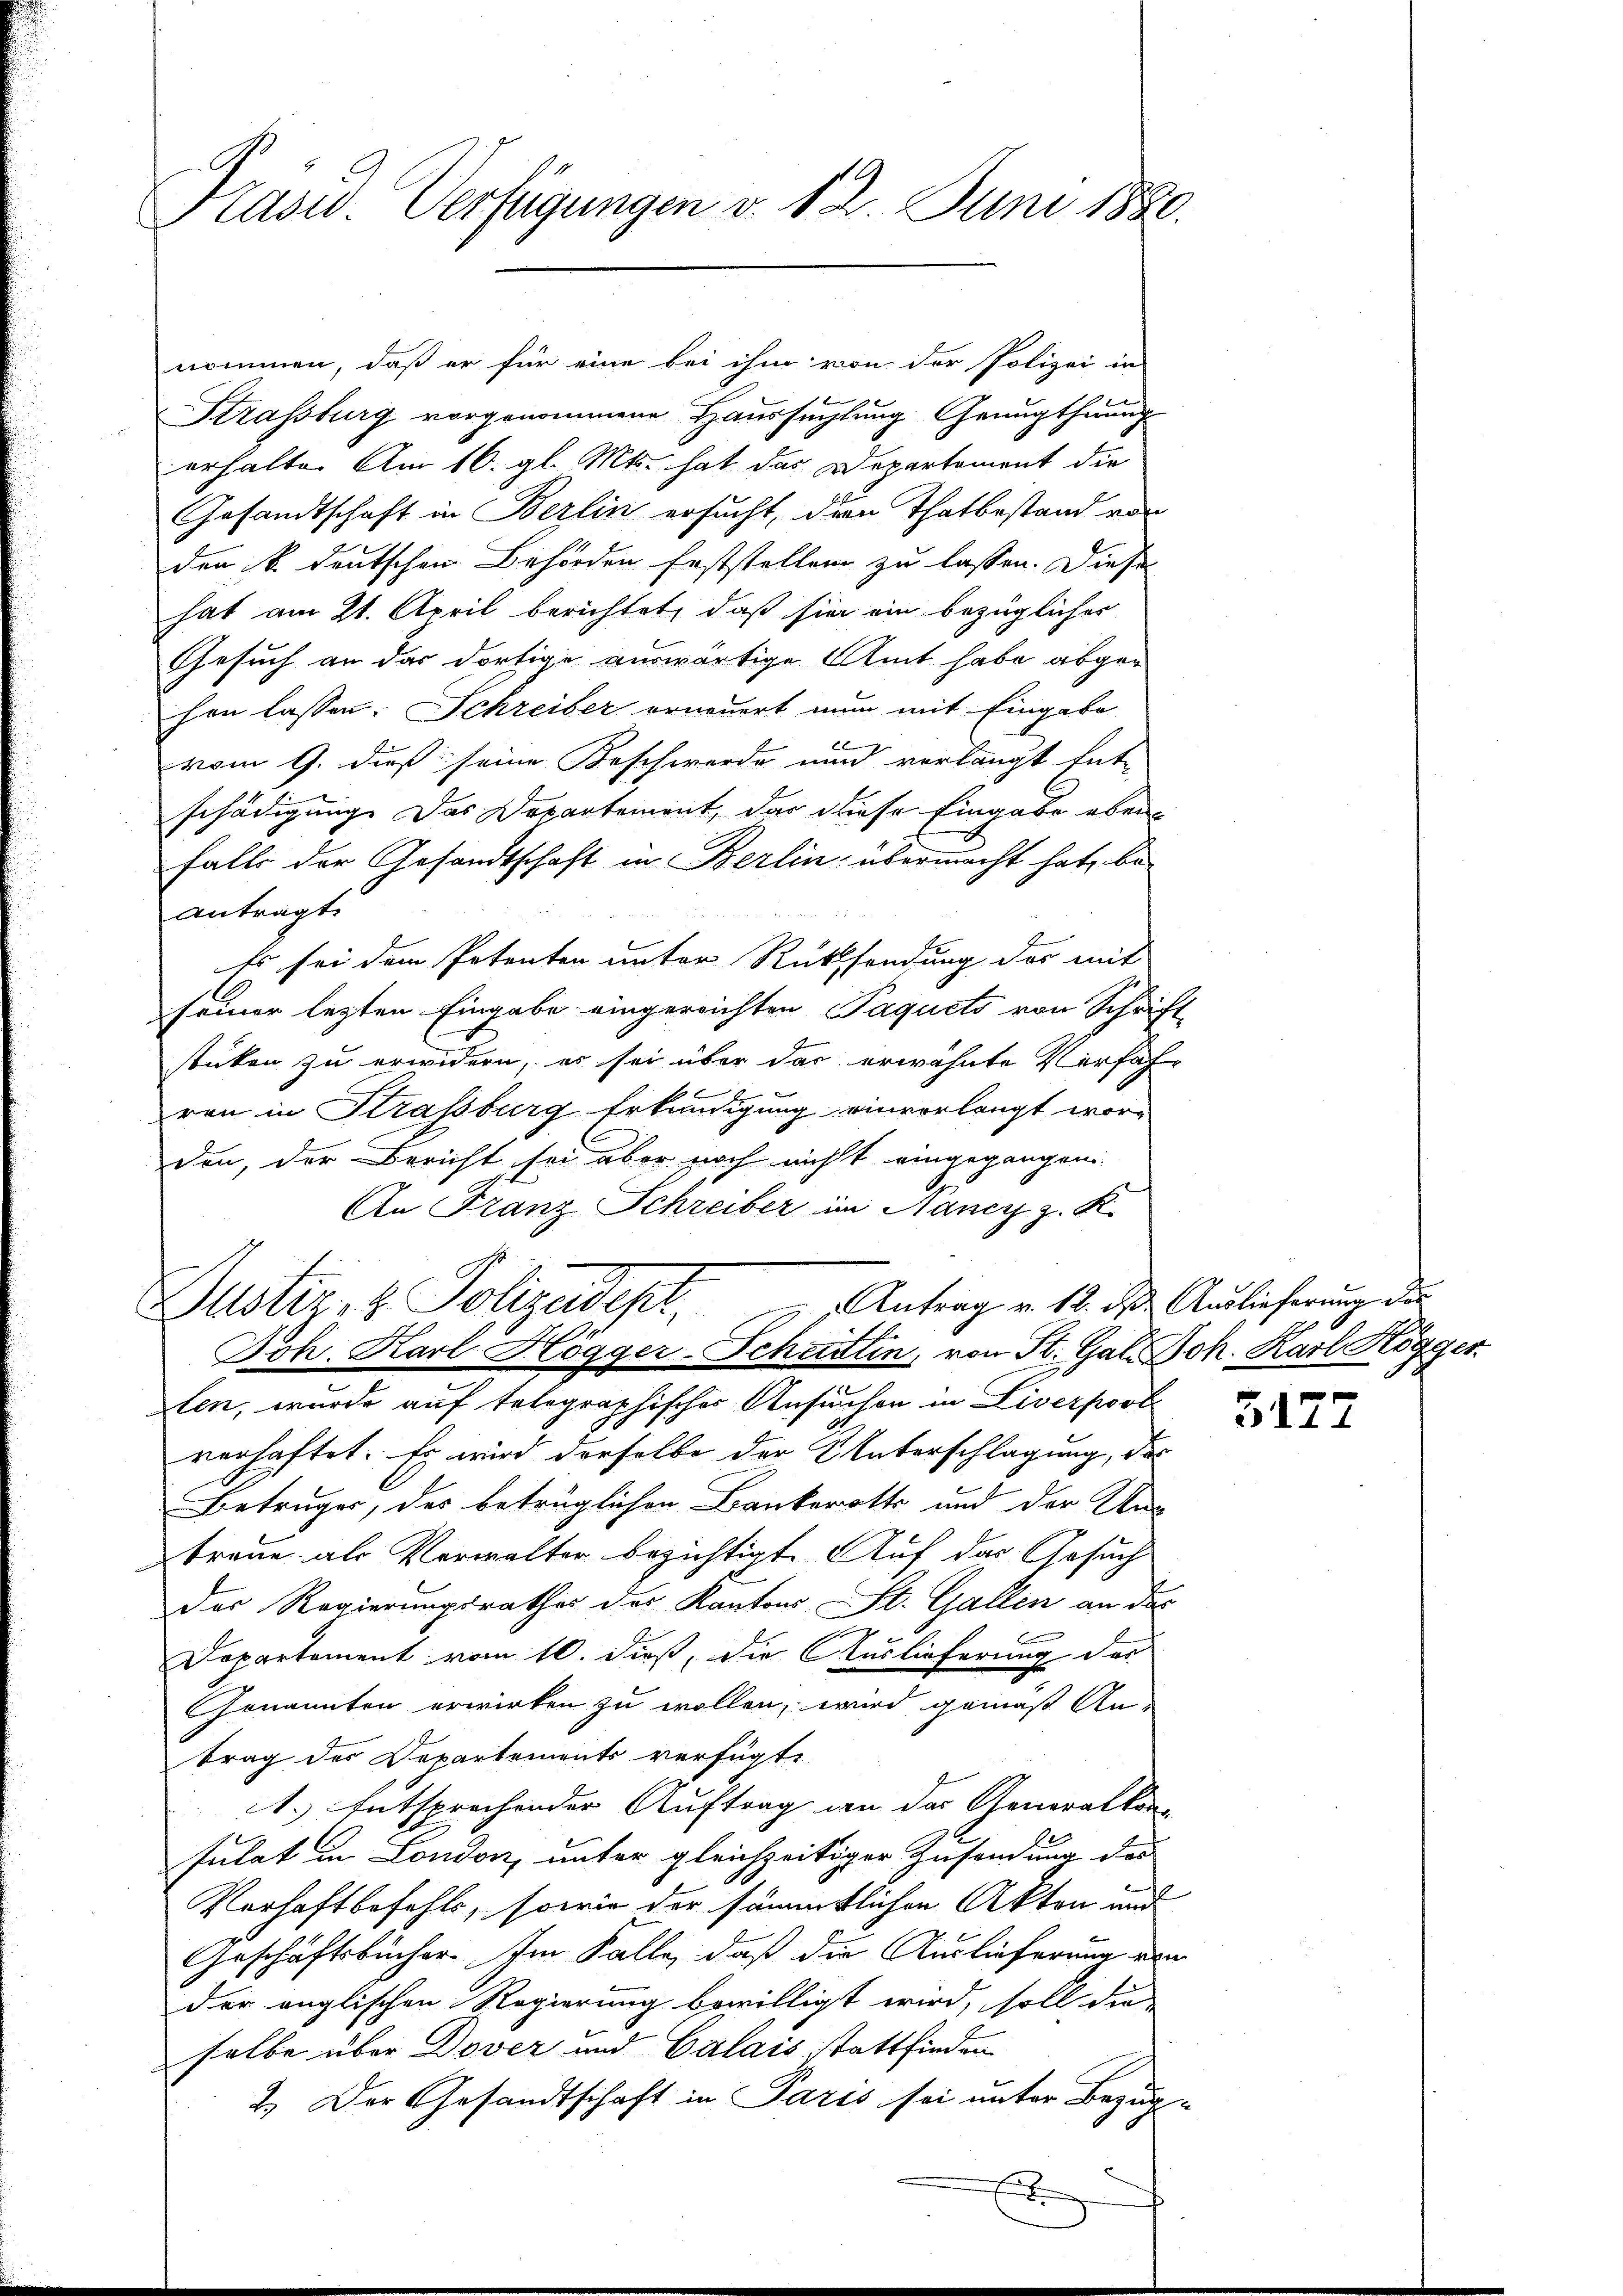
Kasw. Verfügungen v. 12. Juni 1880.

nommen, daß er für eine bei ihm von der Polizei in
Strassburg vorgenommene Haussuchtung Genugthuung
erhalte. Am 16. gl. Mts. hat das Departemont die
Gesandtschaft in Berlin ersucht, der Thatbestand von
den k. deutschen Behörden feststellen zu lassen. Diese
hat am 21. April berichtet, daß sie ein bezüglicher
Gesuch an das dortige auswärtige Amt habe abgehen lassen. Schreiber erneuert nun mit Eingabe
x
vom 9. dieß seine Beschwerde und verlangt Ent-
schädigung. Das Departement, das diese Eingabe ebenfalls der Gesandtschaft in Berlin übermacht hat, be-
antragt.
Es sei dem Petenten unter Rücksendung des mit
seiner letzten Eingabe eingereichten Paquets von Schrift-
stüken zu erwidern, es sei über das erwähnte Verfahr
ren in Strassburg Erkundigung einverlangt worden, der Bericht sei aber noch nicht eingegangen
An Franz Schreiber im Nauer z. K.

Antrag v. 12. ds Auslieferung des
Justiz- & Polizeidept,
Joh. Karl Högger-Schantin, von St. Gal. Joh. Karl Kögger

x

len, wurde auf telegraphisches Ansuchen in Liverpost
verhaftet. Es wird derselbe der Unterschlagung, der
Betruger, des betrüglichen Bankerotts und der Un-
traue als Verwalter bezichtigt. Auf das Gesuch
das Regierungsrathes des Kantons St. Gallen an des
Departement vom 10. dieß, die Auslieferung des
Genannten erwirken zu wollen, wird gemäß An-
trag des Departements verfügte
1.) Entsprechender Auftrag an der Generalkon
sulat in London, unter gleichzeitiger Zusendung des
Verhaftbefehls, sowie der sämmtlichen Akten und
Geschäftsbücher Im Falle, daß die Auslieferung ein
der englischen Regierung bewilligt wird, soll die
selbe über Dover und Calais stattfinden
2.) Der Gesandtschaft in Paris sei unter Bezug¬

5122